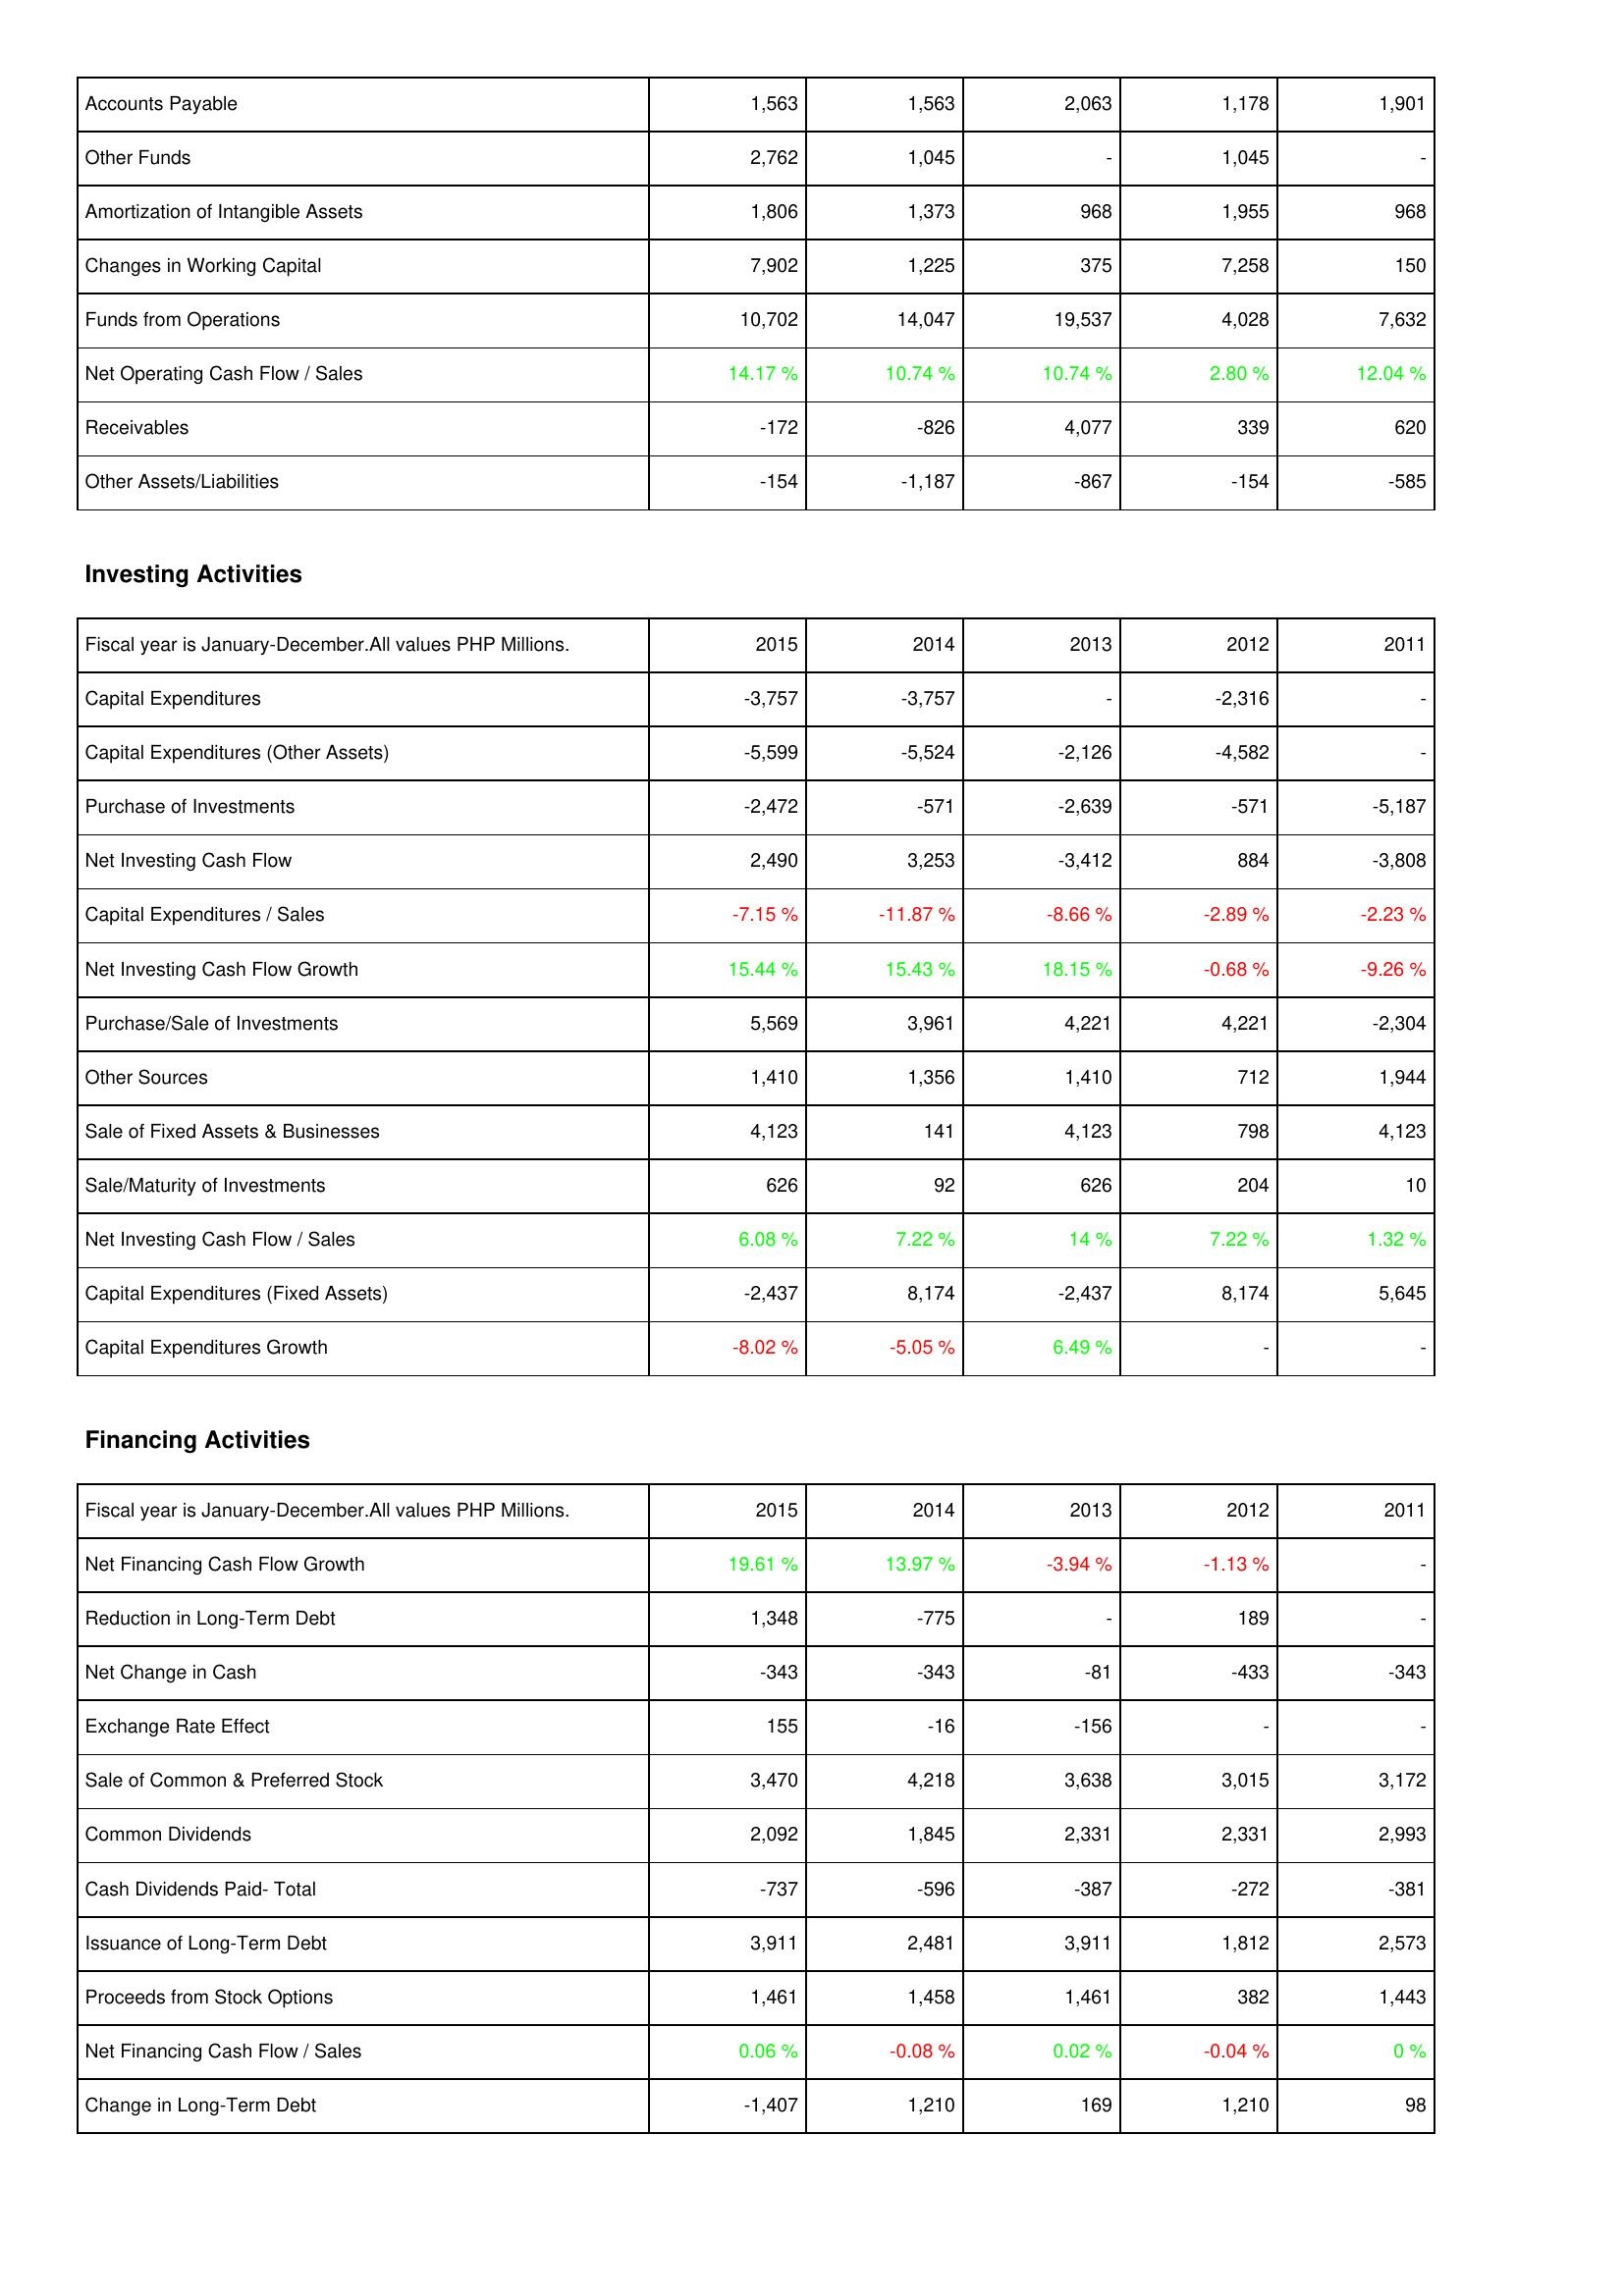
2015: Operating Activities: Accounts Payable: 1,563
Other Funds: 2,762
Amortization of Intangible Assets: 1,806
Changes in Working Capital: 7,902
Funds from Operations: 10,702
Net Operating Cash Flow / Sales: 14.17 %
Receivables: -172
Other Assets/Liabilities: -154
Investing Activities: Capital Expenditures: -3,757
Capital Expenditures (Other Assets): -5,599
Purchase of Investments: -2,472
Net Investing Cash Flow: 2,490
Capital Expenditures / Sales: -7.15 %
Net Investing Cash Flow Growth: 15.44 %
Purchase/Sale of Investments: 5,569
Other Sources: 1,410
Sale of Fixed Assets & Businesses: 4,123
Sale/Maturity of Investments: 626
Net Investing Cash Flow / Sales: 6.08 %
Capital Expenditures (Fixed Assets): -2,437
Capital Expenditures Growth: -8.02 %
Financing Activities: Net Financing Cash Flow Growth: 19.61 %
Reduction in Long-Term Debt: 1,348
Net Change in Cash: -343
Exchange Rate Effect: 155
Sale of Common & Preferred Stock: 3,470
Common Dividends: 2,092
Cash Dividends Paid- Total: -737
Issuance of Long-Term Debt: 3,911
Proceeds from Stock Options: 1,461
Net Financing Cash Flow / Sales: 0.06 %
Change in Long-Term Debt: -1,407
2014: Operating Activities: Accounts Payable: 1,563
Other Funds: 1,045
Amortization of Intangible Assets: 1,373
Changes in Working Capital: 1,225
Funds from Operations: 14,047
Net Operating Cash Flow / Sales: 10.74 %
Receivables: -826
Other Assets/Liabilities: -1,187
Investing Activities: Capital Expenditures: -3,757
Capital Expenditures (Other Assets): -5,524
Purchase of Investments: -571
Net Investing Cash Flow: 3,253
Capital Expenditures / Sales: -11.87 %
Net Investing Cash Flow Growth: 15.43 %
Purchase/Sale of Investments: 3,961
Other Sources: 1,356
Sale of Fixed Assets & Businesses: 141
Sale/Maturity of Investments: 92
Net Investing Cash Flow / Sales: 7.22 %
Capital Expenditures (Fixed Assets): 8,174
Capital Expenditures Growth: -5.05 %
Financing Activities: Net Financing Cash Flow Growth: 13.97 %
Reduction in Long-Term Debt: -775
Net Change in Cash: -343
Exchange Rate Effect: -16
Sale of Common & Preferred Stock: 4,218
Common Dividends: 1,845
Cash Dividends Paid- Total: -596
Issuance of Long-Term Debt: 2,481
Proceeds from Stock Options: 1,458
Net Financing Cash Flow / Sales: -0.08 %
Change in Long-Term Debt: 1,210
2013: Operating Activities: Accounts Payable: 2,063
Other Funds: -
Amortization of Intangible Assets: 968
Changes in Working Capital: 375
Funds from Operations: 19,537
Net Operating Cash Flow / Sales: 10.74 %
Receivables: 4,077
Other Assets/Liabilities: -867
Investing Activities: Capital Expenditures: -
Capital Expenditures (Other Assets): -2,126
Purchase of Investments: -2,639
Net Investing Cash Flow: -3,412
Capital Expenditures / Sales: -8.66 %
Net Investing Cash Flow Growth: 18.15 %
Purchase/Sale of Investments: 4,221
Other Sources: 1,410
Sale of Fixed Assets & Businesses: 4,123
Sale/Maturity of Investments: 626
Net Investing Cash Flow / Sales: 14 %
Capital Expenditures (Fixed Assets): -2,437
Capital Expenditures Growth: 6.49 %
Financing Activities: Net Financing Cash Flow Growth: -3.94 %
Reduction in Long-Term Debt: -
Net Change in Cash: -81
Exchange Rate Effect: -156
Sale of Common & Preferred Stock: 3,638
Common Dividends: 2,331
Cash Dividends Paid- Total: -387
Issuance of Long-Term Debt: 3,911
Proceeds from Stock Options: 1,461
Net Financing Cash Flow / Sales: 0.02 %
Change in Long-Term Debt: 169
2012: Operating Activities: Accounts Payable: 1,178
Other Funds: 1,045
Amortization of Intangible Assets: 1,955
Changes in Working Capital: 7,258
Funds from Operations: 4,028
Net Operating Cash Flow / Sales: 2.80 %
Receivables: 339
Other Assets/Liabilities: -154
Investing Activities: Capital Expenditures: -2,316
Capital Expenditures (Other Assets): -4,582
Purchase of Investments: -571
Net Investing Cash Flow: 884
Capital Expenditures / Sales: -2.89 %
Net Investing Cash Flow Growth: -0.68 %
Purchase/Sale of Investments: 4,221
Other Sources: 712
Sale of Fixed Assets & Businesses: 798
Sale/Maturity of Investments: 204
Net Investing Cash Flow / Sales: 7.22 %
Capital Expenditures (Fixed Assets): 8,174
Capital Expenditures Growth: -
Financing Activities: Net Financing Cash Flow Growth: -1.13 %
Reduction in Long-Term Debt: 189
Net Change in Cash: -433
Exchange Rate Effect: -
Sale of Common & Preferred Stock: 3,015
Common Dividends: 2,331
Cash Dividends Paid- Total: -272
Issuance of Long-Term Debt: 1,812
Proceeds from Stock Options: 382
Net Financing Cash Flow / Sales: -0.04 %
Change in Long-Term Debt: 1,210
2011: Operating Activities: Accounts Payable: 1,901
Other Funds: -
Amortization of Intangible Assets: 968
Changes in Working Capital: 150
Funds from Operations: 7,632
Net Operating Cash Flow / Sales: 12.04 %
Receivables: 620
Other Assets/Liabilities: -585
Investing Activities: Capital Expenditures: -
Capital Expenditures (Other Assets): -
Purchase of Investments: -5,187
Net Investing Cash Flow: -3,808
Capital Expenditures / Sales: -2.23 %
Net Investing Cash Flow Growth: -9.26 %
Purchase/Sale of Investments: -2,304
Other Sources: 1,944
Sale of Fixed Assets & Businesses: 4,123
Sale/Maturity of Investments: 10
Net Investing Cash Flow / Sales: 1.32 %
Capital Expenditures (Fixed Assets): 5,645
Capital Expenditures Growth: -
Financing Activities: Net Financing Cash Flow Growth: -
Reduction in Long-Term Debt: -
Net Change in Cash: -343
Exchange Rate Effect: -
Sale of Common & Preferred Stock: 3,172
Common Dividends: 2,993
Cash Dividends Paid- Total: -381
Issuance of Long-Term Debt: 2,573
Proceeds from Stock Options: 1,443
Net Financing Cash Flow / Sales: 0 %
Change in Long-Term Debt: 98